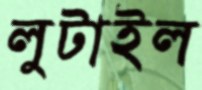
লুটাইল